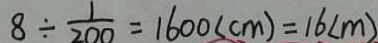
8 \div \frac { 1 } { 2 0 0 } = 1 6 0 0 ( c m ) = 1 6 ( m )